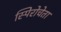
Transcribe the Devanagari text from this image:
स्पिरोचेता